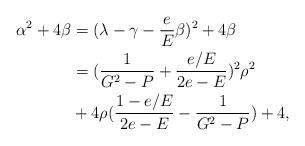
LaTeX: \begin{align*}\alpha^2+4\beta&=(\lambda-\gamma-\frac{e}{E}\beta)^2+4\beta\\ &=(\frac{1}{G^2-P}+\frac{e/E}{2e-E})^2\rho^2\\ &+4\rho(\frac{1-e/E}{2e-E}-\frac{1}{G^2-P})+4,\end{align*}